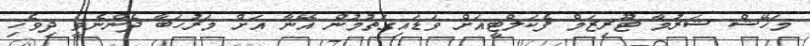
މަހޭޝް ޝަރުމާ ޓޫރިޒަމް ފެކަލްޓީއަށް ވަޑައިގަތުމުން އޭނާ އަށް މަރުހަބާ ދެންނެވީ ދިވެހި